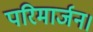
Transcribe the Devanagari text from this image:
परिमार्जन।